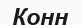
Конн